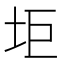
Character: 𱖑